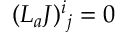
( { \cal L } _ { a } J ) ^ { i } { } _ { j } = 0